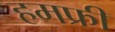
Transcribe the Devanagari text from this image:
हमफ्री